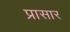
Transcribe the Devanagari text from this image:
प्रासार